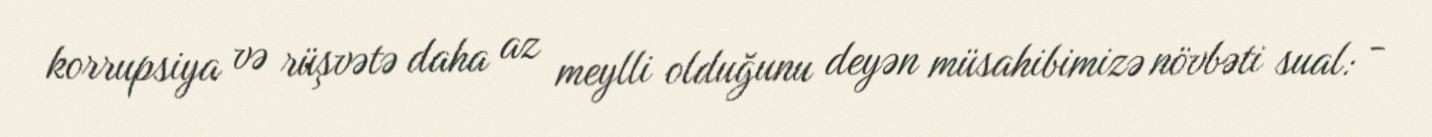
korrupsiya və rüşvətə daha az meylli olduğunu deyən müsahibimizə növbəti sual: -